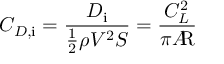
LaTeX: C _ { D , { \mathrm { i } } } = { \frac { D _ { \mathrm { i } } } { { \frac { 1 } { 2 } } \rho V ^ { 2 } S } } = { \frac { C _ { L } ^ { 2 } } { \pi A \! \! { \mathrm { R } } } }